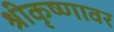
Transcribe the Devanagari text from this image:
श्रीकृष्णावर